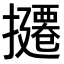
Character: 𪮸